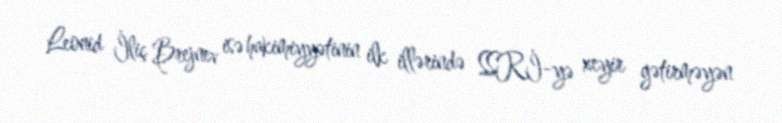
Leonid İliç Brejnev isə hakimiyyətinin ilk illərində SSRİ-yə xeyir gətirməyən